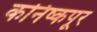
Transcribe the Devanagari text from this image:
कनिष्कपूर